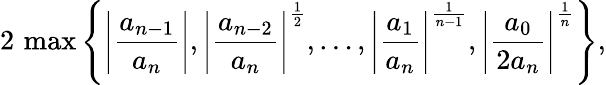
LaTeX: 2\, \operatorname*{max}\left\{ \left|{\frac{a_{n-1}}{a_{n}}}\right|,\left|{\frac{a_{n-2}}{a_{n}}}\right|^{\frac{1}{2}},\ldots,\left|{\frac{a_{1}}{a_{n}}}\right|^{\frac{1}{n-1}},\left|{\frac{a_{0}}{2a_{n}}}\right|^{\frac{1}{n}}\right\} ,